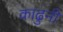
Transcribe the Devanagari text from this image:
काढुनी